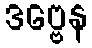
ဒဗ္ဗေန